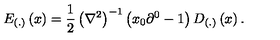
E _ { \left( . \right) } \left( x \right) = \frac 1 2 \left( \nabla ^ { 2 } \right) ^ { - 1 } \left( x _ { 0 } \partial ^ { 0 } - 1 \right) D _ { \left( . \right) } \left( x \right) .